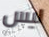
ليس